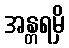
အန္တရမှိ